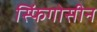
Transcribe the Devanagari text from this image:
स्फिंगोसीन